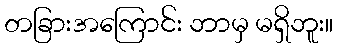
တခြားအကြောင်း ဘာမှ မရှိဘူး။